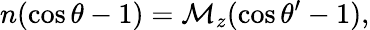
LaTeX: n(\cos\theta-1)=\mathcal{M}_{z}(\cos\theta^{\prime}-1),